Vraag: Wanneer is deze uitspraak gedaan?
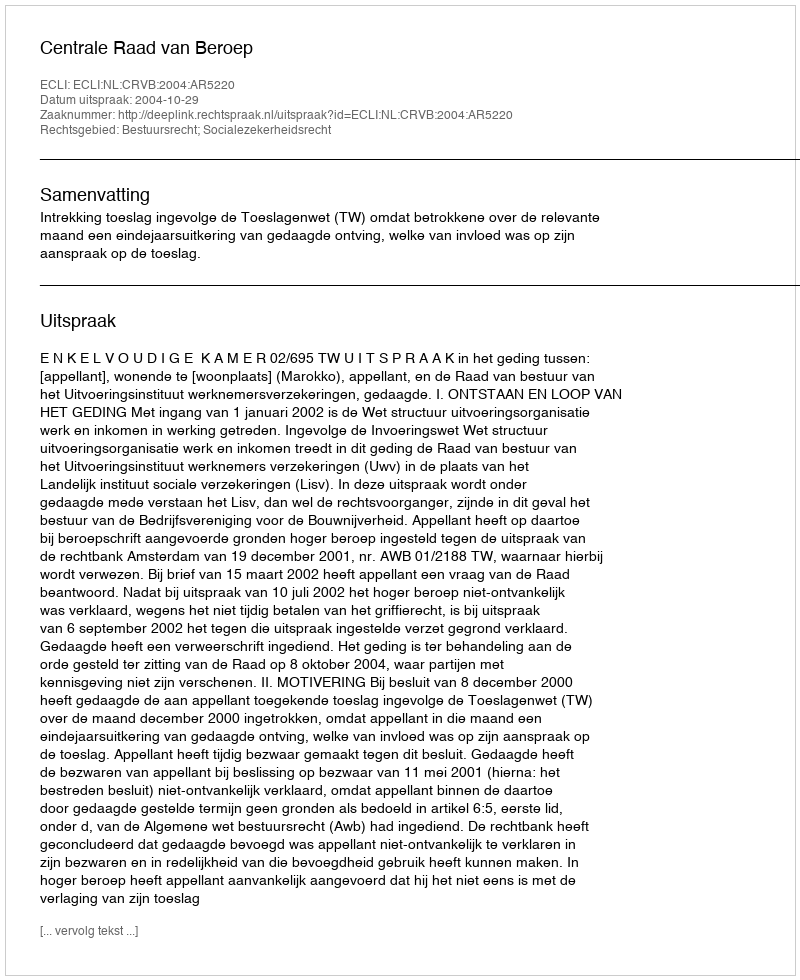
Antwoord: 2004-10-29